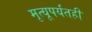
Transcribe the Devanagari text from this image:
मृत्यूपर्यंतही